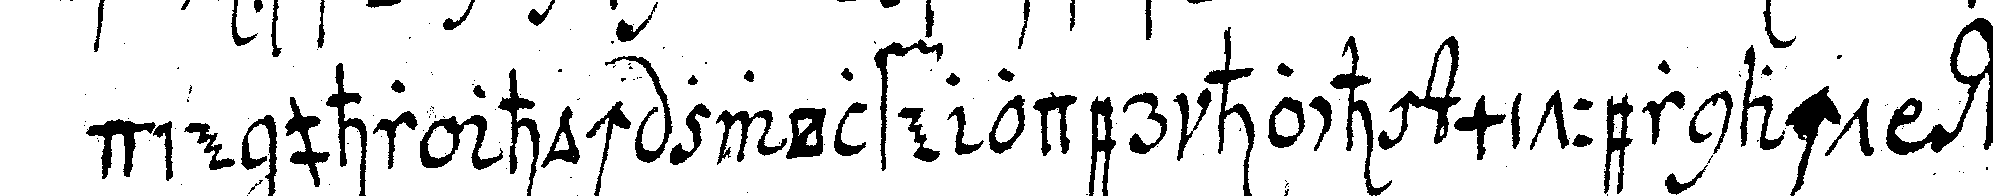
die uhr hoch zwölfe oder hoch mitternacht w